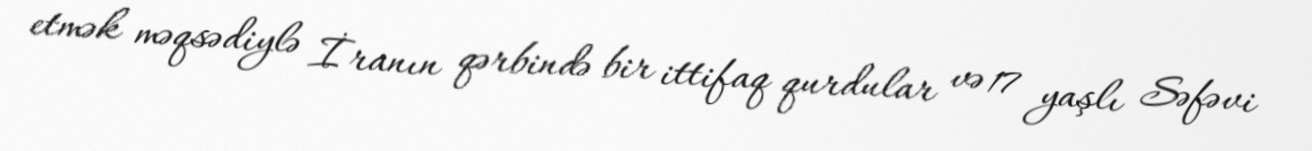
etmək məqsədiylə İranın qərbində bir ittifaq qurdular və 17 yaşlı Səfəvi